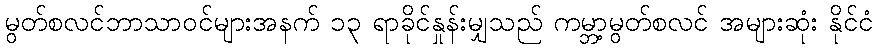
မွတ်စလင်ဘာသာဝင်များအနက် ၁၃ ရာခိုင်နှုန်းမျှသည် ကမ္ဘာ့မွတ်စလင် အများဆုံး နိုင်ငံ